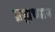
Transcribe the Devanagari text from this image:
ब्रह्मध्यान